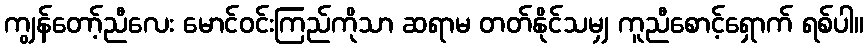
ကျွန်တော့်ညီလေး မောင်ဝင်းကြည်ကိုသာ ဆရာမ တတ်နိုင်သမျှ ကူညီစောင့်ရှောက် ရစ်ပါ။